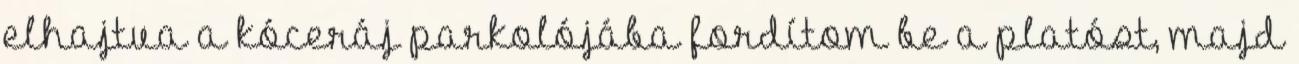
elhajtva a kóceráj parkolójába fordítom be a platóst, majd